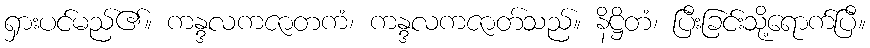
ရှားပင်မည်၏။ ကန္ဒလကဇာတကံ၊ ကန္ဒလကဇာတ်သည်။ နိဋ္ဌိတံ၊ ပြီးခြင်းသို့ရောက်ပြီ။